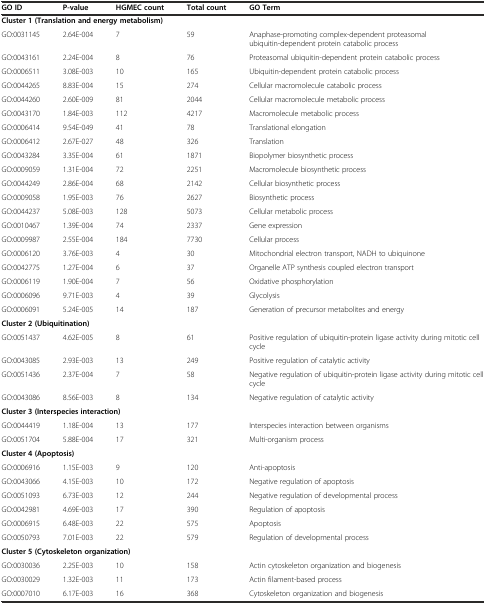
<table><thead><tr><td><b>GO ID</b></td><td><b>P-value</b></td><td><b>HGMEC count</b></td><td><b>Total count</b></td><td><b>GO Term</b></td></tr></thead><tbody><tr><td colspan="5"><b>Cluster 1 (Translation and energy metabolism)</b></td></tr><tr><td>GO:0031145</td><td>2.64E-004</td><td>7</td><td>59</td><td>Anaphase-promoting complex-dependent proteasomal ubiquitin-dependent protein catabolic process</td></tr><tr><td>GO:0043161</td><td>2.24E-004</td><td>8</td><td>76</td><td>Proteasomal ubiquitin-dependent protein catabolic process</td></tr><tr><td>GO:0006511</td><td>3.08E-003</td><td>10</td><td>165</td><td>Ubiquitin-dependent protein catabolic process</td></tr><tr><td>GO:0044265</td><td>8.83E-004</td><td>15</td><td>274</td><td>Cellular macromolecule catabolic process</td></tr><tr><td>GO:0044260</td><td>2.60E-009</td><td>81</td><td>2044</td><td>Cellular macromolecule metabolic process</td></tr><tr><td>GO:0043170</td><td>1.84E-003</td><td>112</td><td>4217</td><td>Macromolecule metabolic process</td></tr><tr><td>GO:0006414</td><td>9.54E-049</td><td>41</td><td>78</td><td>Translational elongation</td></tr><tr><td>GO:0006412</td><td>2.67E-027</td><td>48</td><td>326</td><td>Translation</td></tr><tr><td>GO:0043284</td><td>3.35E-004</td><td>61</td><td>1871</td><td>Biopolymer biosynthetic process</td></tr><tr><td>GO:0009059</td><td>1.31E-004</td><td>72</td><td>2251</td><td>Macromolecule biosynthetic process</td></tr><tr><td>GO:0044249</td><td>2.86E-004</td><td>68</td><td>2142</td><td>Cellular biosynthetic process</td></tr><tr><td>GO:0009058</td><td>1.95E-003</td><td>76</td><td>2627</td><td>Biosynthetic process</td></tr><tr><td>GO:0044237</td><td>5.08E-003</td><td>128</td><td>5073</td><td>Cellular metabolic process</td></tr><tr><td>GO:0010467</td><td>1.39E-004</td><td>74</td><td>2337</td><td>Gene expression</td></tr><tr><td>GO:0009987</td><td>2.55E-004</td><td>184</td><td>7730</td><td>Cellular process</td></tr><tr><td>GO:0006120</td><td>3.76E-003</td><td>4</td><td>30</td><td>Mitochondrial electron transport, NADH to ubiquinone</td></tr><tr><td>GO:0042775</td><td>1.27E-004</td><td>6</td><td>37</td><td>Organelle ATP synthesis coupled electron transport</td></tr><tr><td>GO:0006119</td><td>1.90E-004</td><td>7</td><td>56</td><td>Oxidative phosphorylation</td></tr><tr><td>GO:0006096</td><td>9.71E-003</td><td>4</td><td>39</td><td>Glycolysis</td></tr><tr><td>GO:0006091</td><td>5.24E-005</td><td>14</td><td>187</td><td>Generation of precursor metabolites and energy</td></tr><tr><td colspan="5"><b>Cluster 2 (Ubiquitination)</b></td></tr><tr><td>GO:0051437</td><td>4.62E-005</td><td>8</td><td>61</td><td>Positive regulation of ubiquitin-protein ligase activity during mitotic cell cycle</td></tr><tr><td>GO:0043085</td><td>2.93E-003</td><td>13</td><td>249</td><td>Positive regulation of catalytic activity</td></tr><tr><td>GO:0051436</td><td>2.37E-004</td><td>7</td><td>58</td><td>Negative regulation of ubiquitin-protein ligase activity during mitotic cell cycle</td></tr><tr><td>GO:0043086</td><td>8.56E-003</td><td>8</td><td>134</td><td>Negative regulation of catalytic activity</td></tr><tr><td colspan="5"><b>Cluster 3 (Interspecies interaction)</b></td></tr><tr><td>GO:0044419</td><td>1.18E-004</td><td>13</td><td>177</td><td>Interspecies interaction between organisms</td></tr><tr><td>GO:0051704</td><td>5.88E-004</td><td>17</td><td>321</td><td>Multi-organism process</td></tr><tr><td colspan="5"><b>Cluster 4 (Apoptosis)</b></td></tr><tr><td>GO:0006916</td><td>1.15E-003</td><td>9</td><td>120</td><td>Anti-apoptosis</td></tr><tr><td>GO:0043066</td><td>4.15E-003</td><td>10</td><td>172</td><td>Negative regulation of apoptosis</td></tr><tr><td>GO:0051093</td><td>6.73E-003</td><td>12</td><td>244</td><td>Negative regulation of developmental process</td></tr><tr><td>GO:0042981</td><td>4.69E-003</td><td>17</td><td>390</td><td>Regulation of apoptosis</td></tr><tr><td>GO:0006915</td><td>6.48E-003</td><td>22</td><td>575</td><td>Apoptosis</td></tr><tr><td>GO:0050793</td><td>7.01E-003</td><td>22</td><td>579</td><td>Regulation of developmental process</td></tr><tr><td colspan="5"><b>Cluster 5 (Cytoskeleton organization)</b></td></tr><tr><td>GO:0030036</td><td>2.25E-003</td><td>10</td><td>158</td><td>Actin cytoskeleton organization and biogenesis</td></tr><tr><td>GO:0030029</td><td>1.32E-003</td><td>11</td><td>173</td><td>Actin filament-based process</td></tr><tr><td>GO:0007010</td><td>6.17E-003</td><td>16</td><td>368</td><td>Cytoskeleton organization and biogenesis</td></tr></tbody></table>